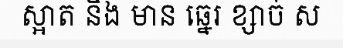
ស្អាត និង មាន ឆ្នេរ ខ្សាច់ ស